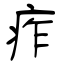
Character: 痄